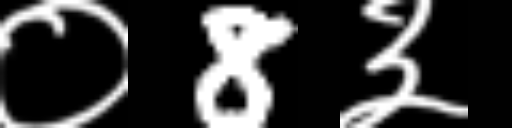
Text: ०8३